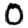
Digit: 0